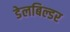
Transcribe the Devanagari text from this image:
डेलबिल्डर